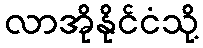
လာအိုနိုင်ငံသို့